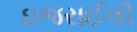
ઇજરાઈલી